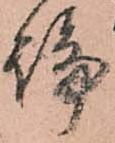
論